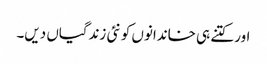
اور کتنے ہی خاندانوں کو نئی زندگیاں دیں۔